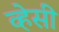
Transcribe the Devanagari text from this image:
व्हेसी